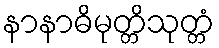
နာနာဓိမုတ္တိသုတ္တံ